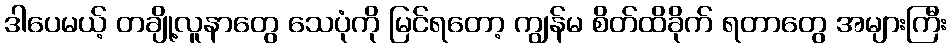
ဒါပေမယ့် တချို့လူနာတွေ သေပုံကို မြင်ရတော့ ကျွန်မ စိတ်ထိခိုက် ရတာတွေ အများကြီး